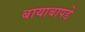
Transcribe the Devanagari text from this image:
बायाबापडे